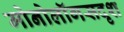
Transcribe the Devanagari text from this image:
मोनोलॉगसदृश